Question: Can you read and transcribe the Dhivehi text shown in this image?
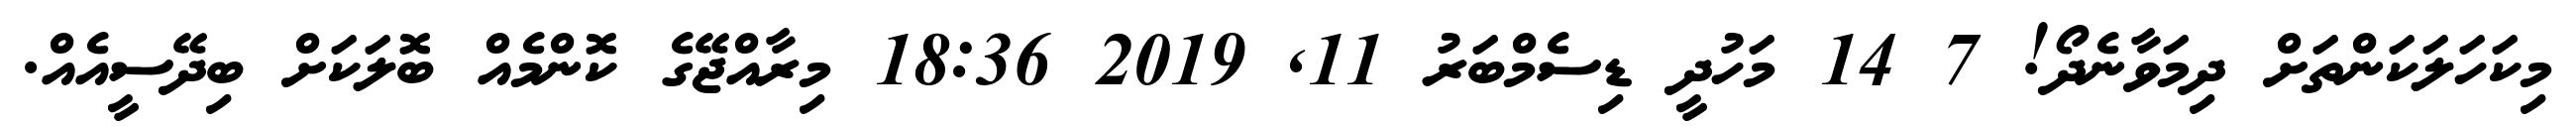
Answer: މިކަހަލަކަންތަށް ދިމަވާނެދޯ! 7 14 މަހުދީ ޑިސެމްބަރު 11, 2019 18:36 މިރާއްޖޭގެ ކޮންމެއް ބޮލަކަށް ބިދޭސީއެއް.